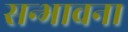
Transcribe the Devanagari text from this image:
सन्भावना